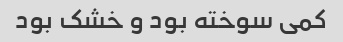
کمی سوخته بود و خشک بود